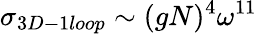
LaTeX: \sigma_{3D-1loop}\sim(gN)^{4}\omega^{11}